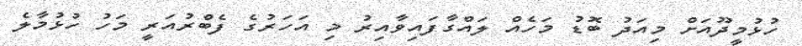
ހުޅުމީދޫއަށް މިއަދު ބޮޑު މަހެއް ލައްގާފައިވާއިރު މި އަހަރުގެ ފެބްރުއަރީ މަހު ހުޅުމާލެ